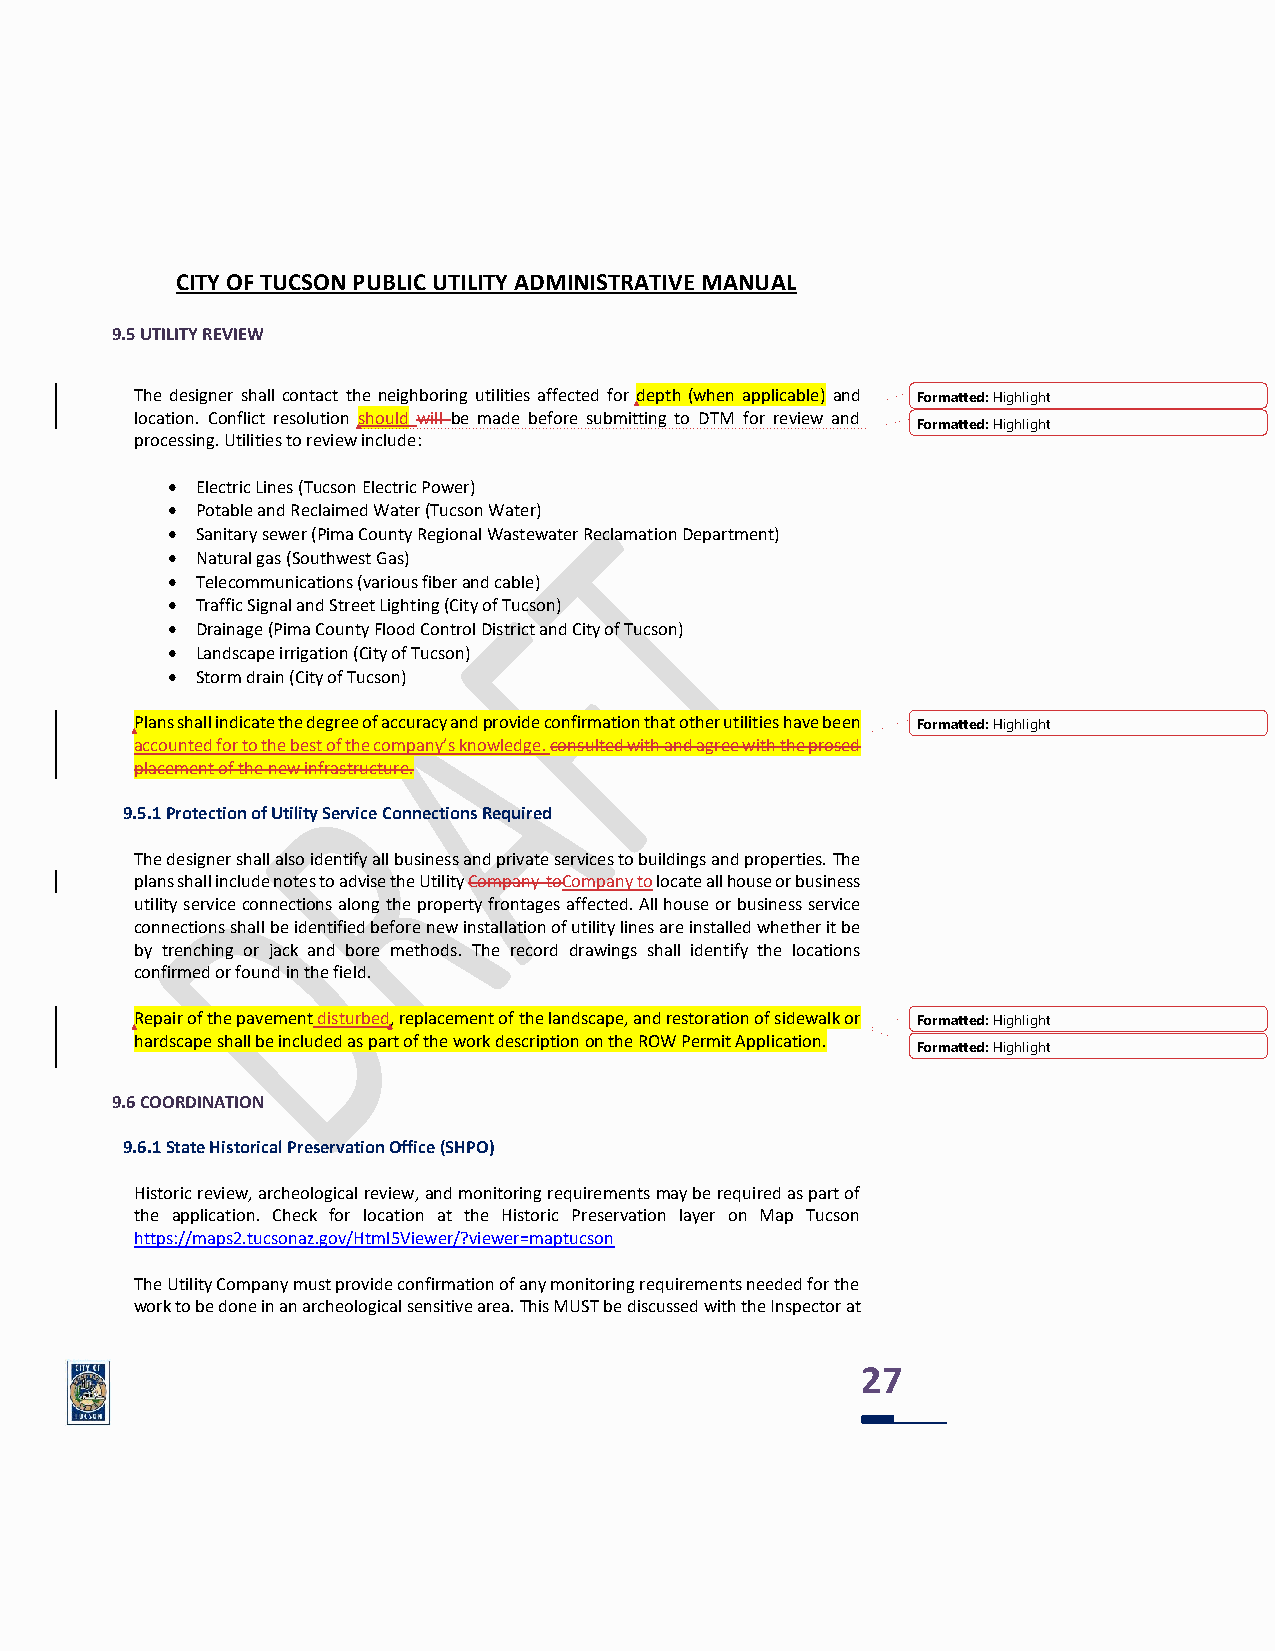
CITY OF TUCSON PUBLIC UTILITY ADMINISTRATIVE MANUAL
 9.5 UTILITY REVIEW
 The designer shall contact the neighboring utilities affected for depth (when applicable) and Formatted: Highlight
 location. Conflict resolution should will be made before submitting to DTM for review and
 Formatted: Highlight
 processing. Utilities to review include:
 • Electric Lines (Tucson Electric Power)
 • Potable and Reclaimed Water (Tucson Water)
 • Sanitary sewer (Pima County Regional Wastewater Reclamation Department)
 • Natural gas (Southwest Gas)
 • Telecommunications (various fiber and cable)
 • Traffic Signal and Street Lighting (City of Tucson)
 • Drainage (Pima County Flood Control District and City of Tucson)
 • Landscape irrigation (City of Tucson)
 • Storm drain (City of Tucson)
 Plans shall indicate the degree of accuracy and provide confirmation that other utilities have been Formatted: Highlight
 accounted for to the best of the company’s knowledge. consulted with and agree with the prosed
 placement of the new infrastructure.
 9.5.1 Protection of Utility Service Connections Required
 The designer shall also identify all business and private services to buildings and properties. The
 plans shall include notes to advise the Utility Company toCompany to locate all house or business
 utility service connections along the property frontages affected. All house or business service
 connections shall be identified before new installation of utility lines are installed whether it be
 by trenching or jack and bore methods. The record drawings shall identify the locations
 confirmed or found in the field.
 Repair of the pavement disturbed, replacement of the landscape, and restoration of sidewalk or Formatted: Highlight
 hardscape shall be included as part of the work description on the ROW Permit Application.
 Formatted: Highlight
 9.6 COORDINATION
 9.6.1 State Historical Preservation Office (SHPO)
 Historic review, archeological review, and monitoring requirements may be required as part of
 the application. Check for location at the Historic Preservation layer on Map Tucson
 https://maps2.tucsonaz.gov/Html5Viewer/?viewer=maptucson
 The Utility Company must provide confirmation of any monitoring requirements needed for the
 work to be done in an archeological sensitive area. This MUST be discussed with the Inspector at
 27